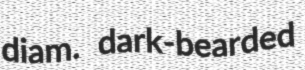
diam. dark-bearded